Civil Veterinary Department Bengal reports 1923-33 - 1923-1933
Year: 1923
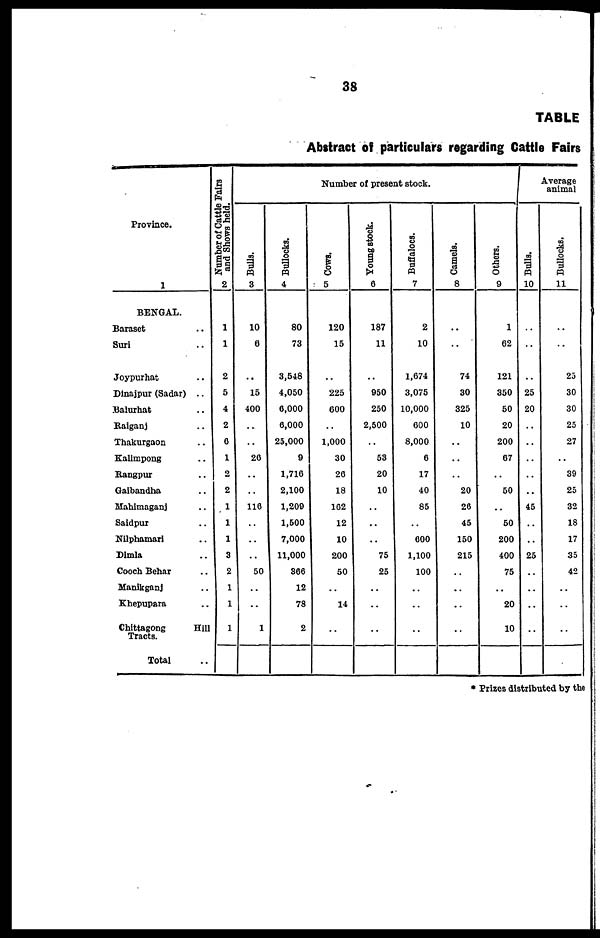
38
TABLE
Abstract of particulars regarding Cattle Fairs
Province.
1
BENGAL.
Baraset ..
Suri ..
Joypurhat ..
Dinajpur (Sadar) ..
Balurhat ..
Raiganj ..
Thakurgaon ..
Kallmpong ..
Rangpur ..
Galbandha ..
Mahimaganj ..
Saldpur ..
Nilphamari ..
Dimla ..
Cooch Behar ..
Manikganj ..
Khepupara ..
Chittagong
Hill
Tracts.
Total ..
Number of Cattle Fairs
and Shows held.
2
1
1
2
5
4
2
6
1
2
2
1
1
1
3
2
1
1
1
Number of present stock.
Balls.
3
10
0
..
15
400
..
..
20
..
..
110
..
..
..
50
..
..
1
Bullocks.
4
80
73
3,548
4,050
0,000
0,000
25,000
9
1,710
2,100
1,200
1,500
7,000
11,000
see
12
78
2
Cows.
5
120
15
..
225
000
..
1,000
30
20
18
102
12
10
200
50
..
14
..
Young stock.
6
187
11
..
050
250
2,500
..
53
20
10
..
..
..
75
25
..
..
..
Buffaloes.
7
2
10
1,674
3,075
10,000
000
8,000
6
17
40
85
..
60
1,100
100
..
..
..
Camels.
8
..
..
74
30
325
10
..
..
..
20
20
45
150
215
..
..
..
..
Others.
9
1
62
121
350
50
20
200
67
..
50
..
50
200
400
75
..
20
10
Average
animal
Bulls.
10
..
..
..
25
20
..
..
..
..
..
45
..
..
25
..
..
..
..
Bullocks.
11
..
..
23
30
30
25
27
..
39
25
32
18
17
35
42
..
..
..
* Prizes distributed by the